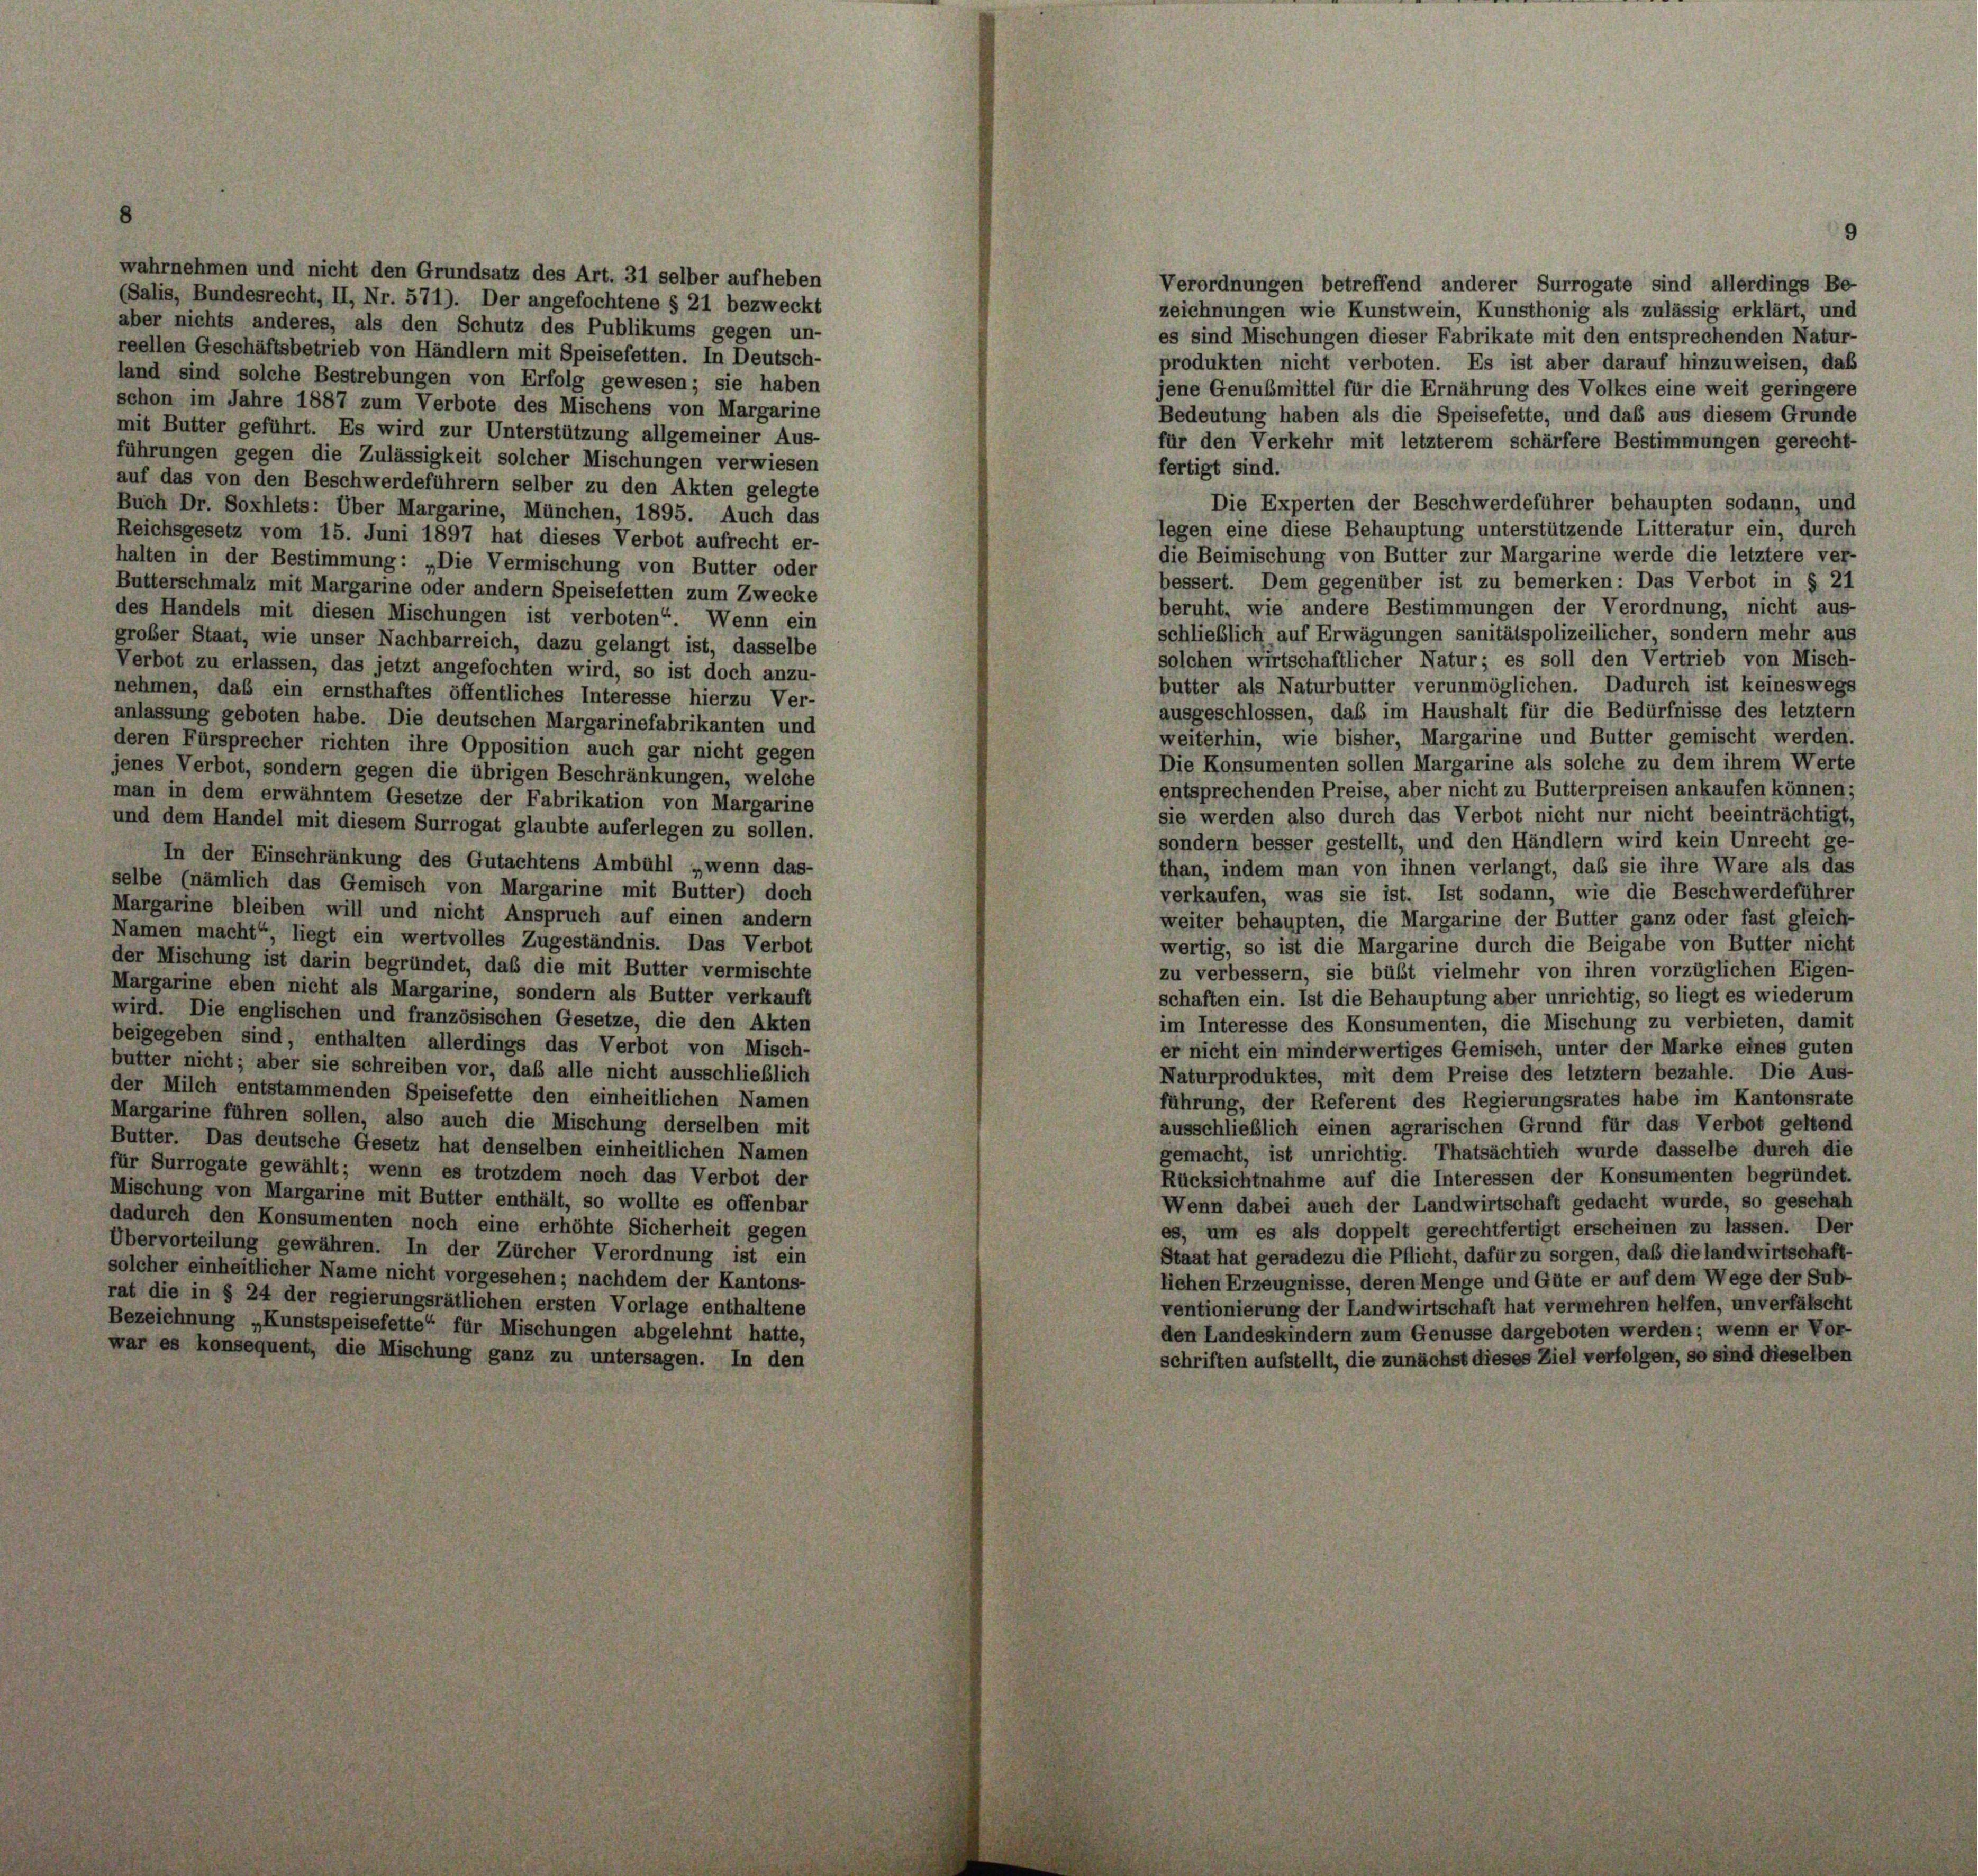
wahrnehmen und nicht den Grundsatz des Art. 31 selber aufheben
(Salis, Bundesrecht, II, Nr. 571). Der angefochtene § 21 bezweckt
aber nichts anderes, als den Schutz des Publikums gegen un-
reellen Geschäftsbetrieb von Händlern mit Speisefetten. In Deutsch-
land sind solche Bestrebungen von Erfolg gewesen; sie haben
schon im Jahre 1887 zum Verbote des Mischens von Margarine
mit Butter geführt. Es wird zur Unterstützung allgemeiner Aus-
führungen gegen die Zulässigkeit solcher Mischungen verwiesen
auf das von den Beschwerdeführern selber zu den Akten gelegte
Buch Dr. Soxhlets: Über Margarine, München, 1895. Auch das
Reichsgesetz vom 15. Juni 1897 hat dieses Verbot aufrecht er-
halten in der Bestimmung: „Die Vermischung von Butter oder
Butterschmalz mit Margarine oder andern Speisefetten zum Zwecke
des Handels mit diesen Mischungen ist verboten“. Wenn ein
grober Staat, wie unser Nachbarreich, dazu gelangt ist, dasselbe
Verbot zu erlassen, das jetzt angefochten wird, so ist doch anzu-
nehmen, das ein ernsthaftes öffentliches Interesse hierzu Ver-
anlassung geboten habe. Die deutschen Margarinefabrikanten und
deren Fürsprecher richten ihre Opposition auch gar nicht gegen
jenes Verbot, sondern gegen die übrigen Beschränkungen, welche
man in dem erwähntem Gesetze der Fabrikation von Margarine
und dem Handel mit diesem Surrogat glaubte auferlegen zu sollen.
In der Einschränkung des Gutachtens Ambühl „wenn das-
selbe (nämlich das Gemisch von Margarine mit Butter) doch
Margarine bleiben will und nicht Anspruch auf einen andern
Namen macht“, liegt ein wertvolles Zugeständnis. Das Verbot
der Mischung ist darin begründet, das die mit Butter vermischte
Margarine eben nicht als Margarine, sondern als Butter verkauft
wird. Die englischen und französischen Gesetze, die den Akten
beigegeben sind, enthalten allerdings das Verbot von Misch-
butter nicht; aber sie schreiben vor, daß alle nicht ausschließlich
der Milch entstammenden Speisefette den einheitlichen Namen
Margarine führen sollen, also auch die Mischung derselben mit
Butter. Das deutsche Gesetz hat denselben einheitlichen Namen
für Surrogate gewählt; wenn es trotzdem noch das Verbot der
Mischung von Margarine mit Butter enthält, so wollte es offenbar
dadurch den Konsumenten noch eine erhöhte Sicherheit gegen
Übervorteilung gewähren. In der Zürcher Verordnung ist ein
solcher einheitlicher Name nicht vorgesehen; nachdem der Kantons-
rat die in § 24 der regierungsrätlichen ersten Vorlage enthaltene
Bezeichnung „Kunstspeisefette“ für Mischungen abgelehnt hatte,
war es konsequent, die Mischung ganz zu untersagen. In den

zeichnungen wie Kunstwein, Kunsthonig als zulässig erklärt, und
es sind Mischungen dieser Fabrikate mit den entsprechenden Natur-
produkten nicht verboten. Es ist aber darauf hinzuweisen, daß
jene Genubmittel für die Ernährung des Volkes eine weit geringere
Bedeutung haben als die Speisefette, und daß aus diesem Grunde
für den Verkehr mit letzterem schärfere Bestimmungen gerecht-
Die Experten der Beschwerdeführer behaupten sodann, und
legen eine diese Behauptung unterstützende Litteratur ein, durch
die Beimischung von Butter zur Margarine werde die letztere ver-
bessert. Dem gegenüber ist zu bemerken: Das Verbot in § 21
beruht, wie andere Bestimmungen der Verordnung, nicht aus-
schließlich auf Erwägungen sanitätspolizeilicher, sondern mehr aus
solchen wirtschaftlicher Natur; es soll den Vertrieb von Misch-
butter als Naturbutter verunmöglichen. Dadurch ist keineswegs
ausgeschlossen, daß im Haushalt für die Bedürfnisse des letztem
weiterhin, wie bisher, Margarine und Butter gemischt werden.
Die Konsumenten sollen Margarine als solche zu dem ihrem Werte
entsprechenden Preise, aber nicht zu Butterpreisen ankaufen können;
sie werden also durch das Verbot nicht nur nicht beeinträchtigt,
sondern besser gestellt, und den Händlern wird kein Unrecht ge-
than, indem man von ihnen verlangt, daß sie ihre Wäre als das
verkaufen, was sie ist. Ist sodann, wie die Beschwerdeführer
weiter behaupten, die Margarine der Butter ganz oder fast gleich-
wertig, so ist die Margarine durch die Beigabe von Butter nicht
zu verbessern, sie büßt vielmehr von ihren vorzüglichen Eigen-
schaften ein. Ist die Behauptung aber unrichtig, so liegt es wiederum
im Interesse des Konsumenten, die Mischung zu verbieten, damit
er nicht ein minderwertiges Gemisch, unter der Marke eines guten
Naturproduktes, mit dem Preise des letztem bezahle. Die Aus-
führung, der Referent des Regierungsrates habe im Kantonsrate
ausschließlich einen agrarischen Grund für das Verbot geltend
gemacht, ist unrichtig. Thatsächtich wurde dasselbe durch die
Rücksichtnahme auf die Interessen der Konsumenten begründet.
Wenn dabei auch der Landwirtschaft gedacht wurde, so geschah
es, um es als doppelt gerechtfertigt erscheinen zu lassen. Der
Staat hat geradezu die Pflicht, dafür zu sorgen, daß die landwirtschaft-
liehen Erzeugnisse, deren Menge und Güte er auf dem Wege der Sub-
ventionierung der Landwirtschaft hat vermehren helfen, unverfälscht
den Landeskindern zum Genüsse dargeboten werden; wenn er Vor-
schriften aufstellt, die zunächst dieses Ziel verfolgen, so sind dieselben

Verordnungen betreffend anderer Surrogate sind allerdinge Be-

fertigt sind.

9